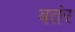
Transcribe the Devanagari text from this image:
बतंर